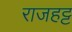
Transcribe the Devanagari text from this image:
राजहट्ट